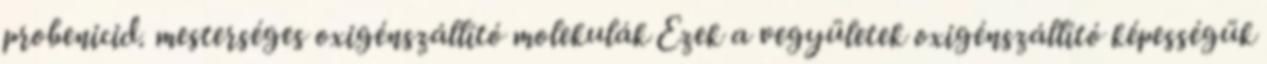
probenicid. mesterséges oxigénszállító molekulák Ezek a vegyületek oxigénszállító képességük